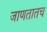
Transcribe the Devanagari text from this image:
जाणतातच